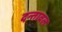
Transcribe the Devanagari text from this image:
दन्तावल